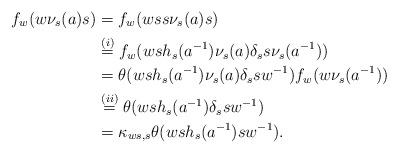
LaTeX: \begin{align*}f_w(w\nu_s(a)s)&=f_w(wss\nu_s(a)s)\\{}&\stackrel{(i)}{=}f_w(wsh_s(a^{-1})\nu_s(a)\delta_ss\nu_s(a^{-1}))\\{}&=\theta(wsh_s(a^{-1})\nu_s(a)\delta_ssw^{-1})f_w(w\nu_s(a^{-1}))\\{}&\stackrel{(ii)}{=}\theta(wsh_s(a^{-1})\delta_ssw^{-1})\\{}&=\kappa_{ws,s}\theta(wsh_s(a^{-1})sw^{-1}).\end{align*}